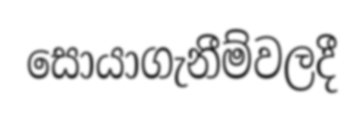
සොයාගැනීම්වලදී